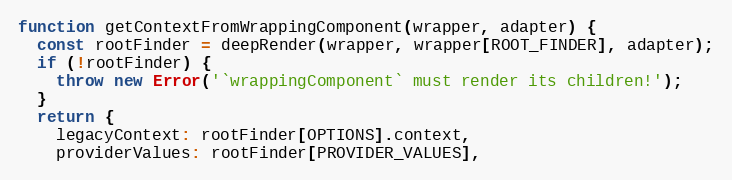
Language: JavaScript
function getContextFromWrappingComponent(wrapper, adapter) {
  const rootFinder = deepRender(wrapper, wrapper[ROOT_FINDER], adapter);
  if (!rootFinder) {
    throw new Error('`wrappingComponent` must render its children!');
  }
  return {
    legacyContext: rootFinder[OPTIONS].context,
    providerValues: rootFinder[PROVIDER_VALUES],